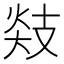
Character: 𪯅